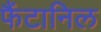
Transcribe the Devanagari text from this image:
फैंटानिल